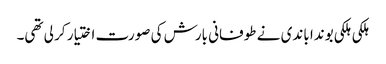
ہلکی ہلکی بوندا باندی نے طوفانی بارش کی صورت اختیار کر لی تھی۔